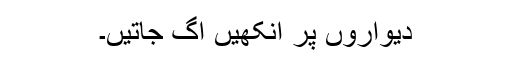
دیواروں پر آنکھیں اگ جاتیں۔